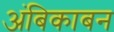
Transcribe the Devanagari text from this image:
अंबिकाबन